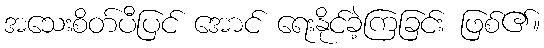
အသေးစိတ်ပီပြင် အောင် ရေးနိုင်ခဲ့ကြခြင်း ဖြစ်၏။